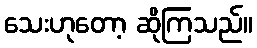
သေးဟုတော့ ဆိုကြသည်။